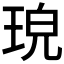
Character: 𤥰